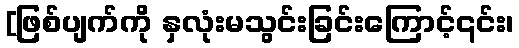
[ဖြစ်ပျက်ကို နှလုံးမသွင်းခြင်းကြောင့်၎င်း၊